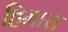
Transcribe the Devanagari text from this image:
हिमारा